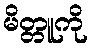
မိတ္တူကို